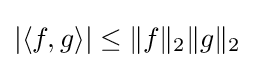
|\langle f,g\rangle |\leq \|f\|_{2}\|g\|_{2}